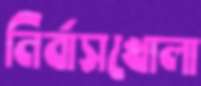
নির্বাসখোলা